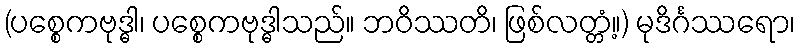
(ပစ္စေကဗုဒ္ဓါ၊ ပစ္စေကဗုဒ္ဓါသည်။ ဘဝိဿတိ၊ ဖြစ်လတ္တံ့။) မုဒိင်္ဂဿရော၊